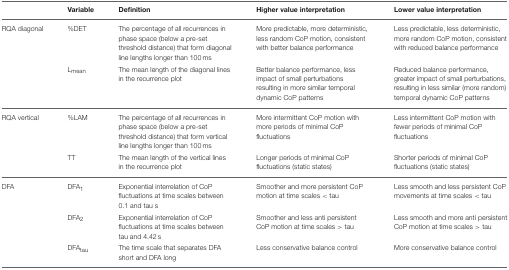
<table><thead><tr><td></td><td><b>Variable</b></td><td><b>Definition</b></td><td><b>Higher value interpretation</b></td><td><b>Lower value interpretation</b></td></tr></thead><tbody><tr><td>RQA diagonal</td><td>%DET</td><td>The percentage of all recurrences in phase space (below a pre-set threshold distance) that form diagonal line lengths longer than 100 ms</td><td>More predictable, more deterministic, less random CoP motion, consistent with better balance performance</td><td>Less predictable, less deterministic, more random CoP motion, consistent with reduced balance performance</td></tr><tr><td></td><td>L<sub>mean</sub></td><td>The mean length of the diagonal lines in the recurrence plot</td><td>Better balance performance, less impact of small perturbations resulting in more similar temporal dynamic CoP patterns</td><td>Reduced balance performance, greater impact of small perturbations, resulting in less similar (more random) temporal dynamic CoP patterns</td></tr><tr><td>RQA vertical</td><td>%LAM</td><td>The percentage of all recurrences in phase space (below a pre-set threshold distance) that form vertical line lengths longer than 100 ms</td><td>More intermittent CoP motion with more periods of minimal CoP fluctuations</td><td>Less intermittent CoP motion with fewer periods of minimal CoP fluctuations</td></tr><tr><td></td><td>TT</td><td>The mean length of the vertical lines in the recurrence plot</td><td>Longer periods of minimal CoP fluctuations (static states)</td><td>Shorter periods of minimal CoP fluctuations (static states)</td></tr><tr><td>DFA</td><td>DFA<sub>1</sub></td><td>Exponential interrelation of CoP fluctuations at time scales between 0.1 and tau s</td><td>Smoother and more persistent CoP motion at time scales &lt; tau</td><td>Less smooth and less persistent CoP movements at time scales &lt; tau</td></tr><tr><td></td><td>DFA<sub>2</sub></td><td>Exponential interrelation of CoP fluctuations at time scales between tau and 4.42 s</td><td>Smoother and less anti persistent CoP motion at time scales &gt; tau</td><td>Less smooth and more anti persistent CoP motion at time scales &gt; tau</td></tr><tr><td></td><td>DFA<sub>tau</sub></td><td>The time scale that separates DFA short and DFA long</td><td>Less conservative balance control</td><td>More conservative balance control</td></tr></tbody></table>